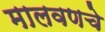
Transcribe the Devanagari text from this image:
मालवणचे